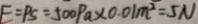
F = P S = 5 0 0 P a \times 0 . 0 1 m ^ { 2 } = 5 N